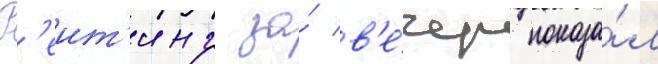
Р'еит'инг за́ в'е́чер показа́л